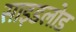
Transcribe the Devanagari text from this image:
साइडलोड